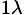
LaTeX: _{1\lambda}